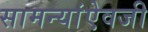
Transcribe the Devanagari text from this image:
सामन्यांऐवजी